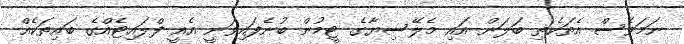
ނަމަވެސް އެތަކެތި ބަލަން އައި މެލޭސިޔާގެ ޓީމުން ބުނެފައިވަނީ އެއީ ފްލައިޓެއްގެ ބައިތަކެއް